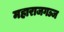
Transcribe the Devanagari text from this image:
महाराजगञ्ज